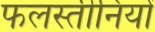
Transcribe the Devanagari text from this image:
फलस्तीनियों